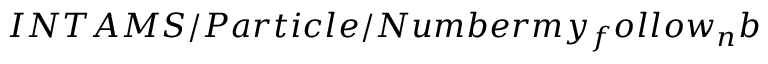
I N T A M S / P a r t i c l e / N u m b e r m y _ { f } o l l o w _ { n } b